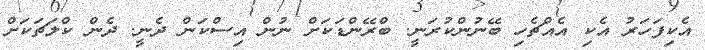
އެކިފަހަރު އެކި އެއްޗެހި ބޭނުންކުރަނީ. ބްރޭންޑަކަށް ނުން އިސްކަން ދެނީ. ދެން ކްލަޗަކަށް